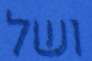
ושל